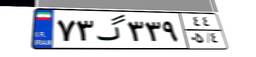
۴۴گ۰۱۱۹۸